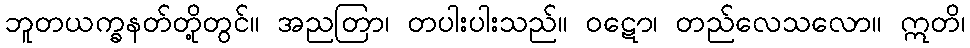
ဘူတယက္ခနတ်တို့တွင်။ အညတြာ၊ တပါးပါးသည်။ ဝဋော၊ တည်လေသလော။ ဣတိ၊